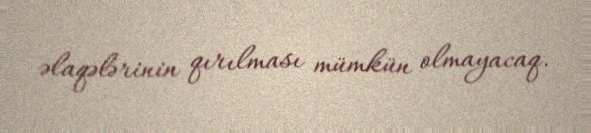
əlaqələrinin qırılması mümkün olmayacaq.